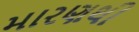
મારણથી